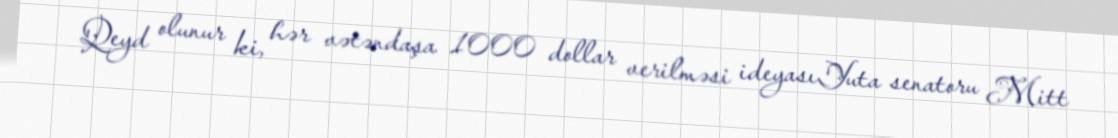
Qeyd olunur ki, hər vətəndaşa 1000 dollar verilməsi ideyasıYuta senatoru Mitt